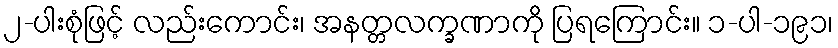
၂-ပါးစုံဖြင့် လည်းကောင်း၊ အနတ္တလက္ခဏာကို ပြရကြောင်း။ ၁-ပါ-၁၉၁၊